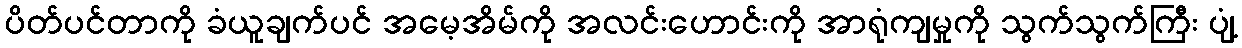
ပိတ်ပင်တာကို ခံယူချက်ပင် အမေ့အိမ်ကို အလင်းဟောင်းကို အာရုံကျမှုကို သွက်သွက်ကြီး ပျံ့